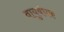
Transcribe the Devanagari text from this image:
वायुबंधक